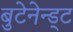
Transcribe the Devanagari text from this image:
बुटेनेन्ड्ट